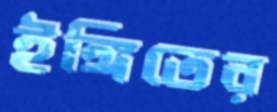
ইঙ্গিতের